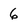
Character: 6